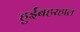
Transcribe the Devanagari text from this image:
हुईंबहरहाल